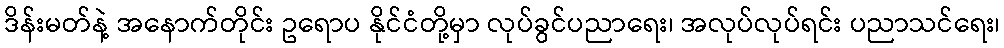
ဒိန်းမတ်နဲ့ အနောက်တိုင်း ဥရောပ နိုင်ငံတို့မှာ လုပ်ခွင်ပညာရေး၊ အလုပ်လုပ်ရင်း ပညာသင်ရေး၊